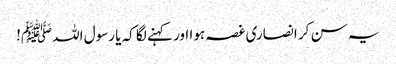
یہ سن کر انصاری غصہ ہوا اور کہنے لگا کہ یا رسول اللہﷺ!